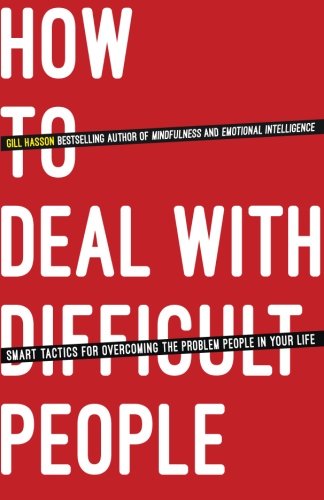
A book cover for How To Deal With Difficult People: Smart Tactics for Overcoming the Problem People in Your Life; Gill Hasson; Self-Help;